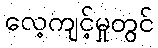
လေ့ကျင့်မှုတွင်